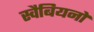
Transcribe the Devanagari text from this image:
स्वैबियनों